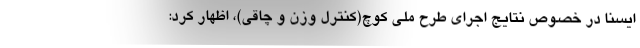
ایسنا در خصوص نتایج اجرای طرح ملی کوچ(کنترل وزن و چاقی)، اظهار کرد: